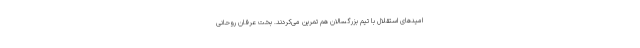
امیدهای استقلال با تیم بزرگسالان هم تمرین می‌کردند. بخت عرفان روحانی